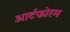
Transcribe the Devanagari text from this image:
आर्टफोरम